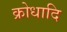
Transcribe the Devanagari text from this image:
क्रोधादि